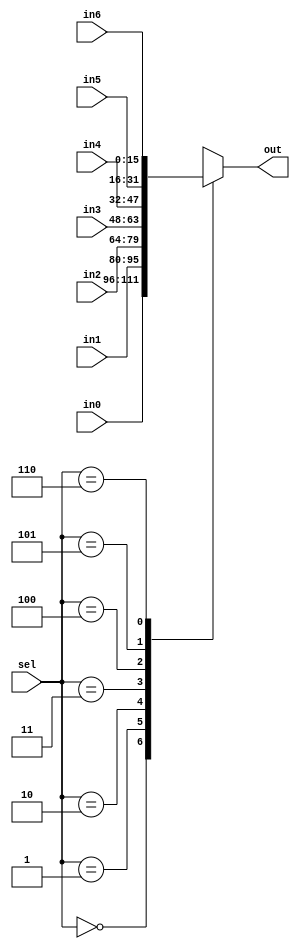
module Mux7in #(parameter
	data_width = 16
)(
	input [data_width-1: 0] in0,
	input [data_width-1: 0] in1,
	input [data_width-1: 0] in2,
	input [data_width-1: 0] in3,
	input [data_width-1: 0] in4,
	input [data_width-1: 0] in5,
	input [data_width-1: 0] in6,
	input [3-1: 0] sel,
	output [data_width-1: 0] out
);
reg [data_width-1: 0] temp;
always@(*) begin
	case(sel)
		3'd0: begin
			temp = in0;
		end
		3'd1: begin
			temp = in1;
		end
		3'd2: begin
			temp = in2;
		end
		3'd3: begin
			temp = in3;
		end
		3'd4: begin
			temp = in4;
		end
		3'd5: begin
			temp = in5;
		end
		3'd6: begin
			temp = in6;
		end
		default: begin
			temp = {data_width{1'bx}};
		end
	endcase
end
assign out = temp;
endmodule